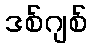
ဒစ်ဂျစ်